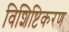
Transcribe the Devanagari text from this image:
विशिष्टिकरण